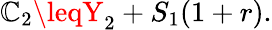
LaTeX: \mathbb{C}_{2}\leqY_{2}+S_{1}(1+r).